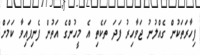
ފިހާރަތަކުން ގެއްލުނު ޖަވާހިރު ފަދަ ތަކެތި އެ މީހުންގެ އަތުން ފެނިފައިވާ ކަމަށް